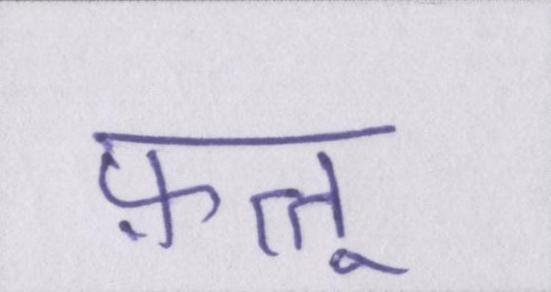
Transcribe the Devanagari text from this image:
फ़त्तू